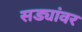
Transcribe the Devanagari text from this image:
सड्यांवर